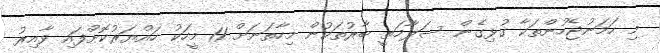
މި ހަމަނުޖެހުންތަކާ ގުޅިގެން ސަލާމަތީ ބާރުތަކުން މިހާތަނަށް 11 މީހަކު ހައްޔަރުކޮށްފައި ވާއިރު